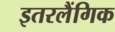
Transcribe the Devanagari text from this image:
इतरलैंगिक